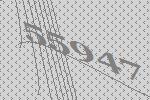
55947